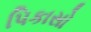
પિકાસો